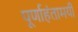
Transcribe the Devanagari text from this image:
पूर्णाहंतामयी